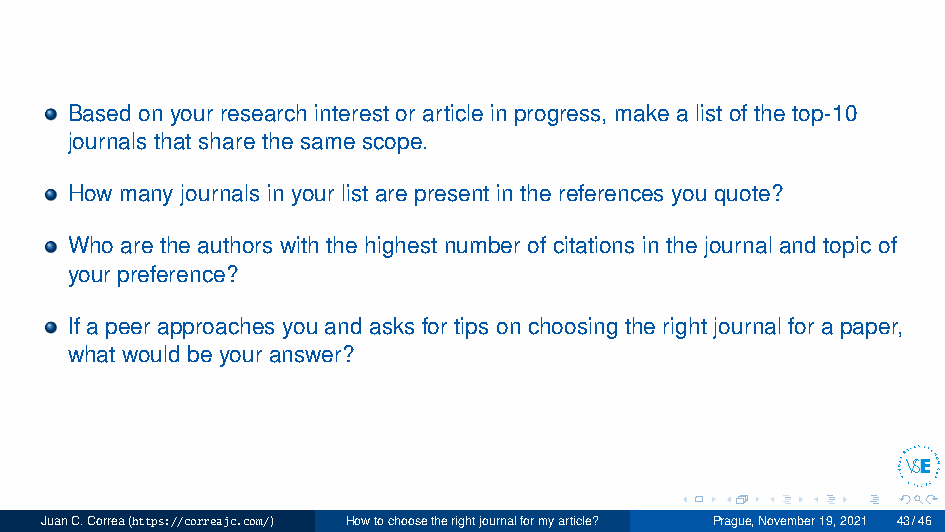
Based on your research interest or article in progress, make a list of the top-10
 journals that share the same scope.
 How many journals in your list are present in the references you quote?
 Who are the authors with the highest number of citations in the journal and topic of
 your preference?
 If a peer approaches you and asks for tips on choosing the right journal for a paper,
 what would be your answer?
 JuanC.Correa(https://correajc.com/) Howtochoosetherightjournalformyarticle? Prague,November19,2021 43/46